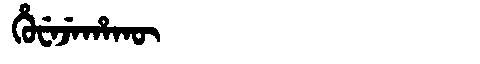
Manchu: ᡥᡠᠸᡝᠵᡝᡥᠠᡴᡡ
Romanization: HUWEJEHAKŪ